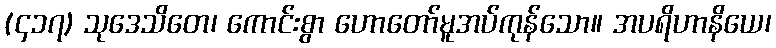
(၄၁၇) သုဒေသိတေ၊ ကောင်းစွာ ဟောတော်မူအပ်ကုန်သော။ အပရိဟာနိယေ၊